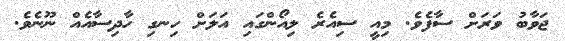
ޖަވާބު ވަރަށް ސާފެވެ. މިއީ ސިއެރެ ލިއޯންގައި އަލަށް ހިނގި ހާދިސާއެއް ނޫނެވެ.